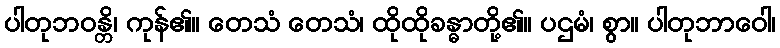
ပါတုဘဝန္တိ၊ ကုန်၏။ တေသံ တေသံ၊ ထိုထိုခန္ဓာတို့၏။ ပဌမံ၊ စွာ။ ပါတုဘာဝေါ၊